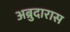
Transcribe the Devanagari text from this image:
अब्रुदारास